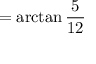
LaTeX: = \arctan { \frac { 5 } { 1 2 } }